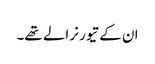
ان کے تیور نرالے تھے۔